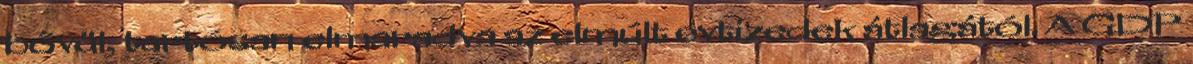
bővül, tartósan elmaradva az elmúlt évtizedek átlagától. A GDP